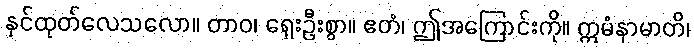
နှင်ထုတ်လေသလော။ တာဝ၊ ရှေးဦးစွာ။ ဧတံ၊ ဤအကြောင်းကို။ ဣမံနာမာတိ၊